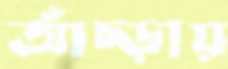
আঁচ্‌ড়ায়